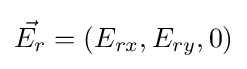
{\vec {E_{r}}}=(E_{rx},E_{ry},0)